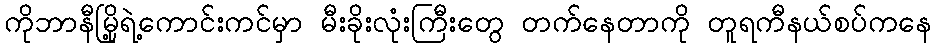
ကိုဘာနီမြို့ရဲ့ကောင်းကင်မှာ မီးခိုးလုံးကြီးတွေ တက်နေတာကို တူရကီနယ်စပ်ကနေ